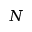
N